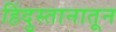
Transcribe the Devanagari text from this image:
हिंदुस्तानातून